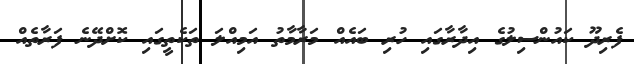
ފެރިދޫ ކައުންސިލުގެ އިދާރާގައި ހުރި ބައެއް މަރާމާތު އަމިއްލަ ތަކެތީގައި ކޮށްދޭނެ ފަރާތެއް